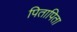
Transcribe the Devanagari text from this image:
पितापिता